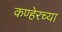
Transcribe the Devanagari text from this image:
कण्हेरच्या